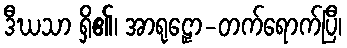
ဒီဃသာ ရှိ၏၊ အာရုဠှော-တက်ရောက်ပြီ၊